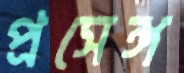
প্রসেঙ্গ